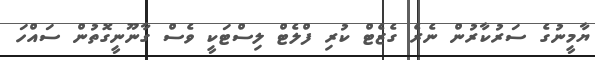
ޔާމީނުގެ ސަރުކާރުން ނެރެ ގެޒެޓް ކުރި ފްލެޓް ލިސްޓަކީ ވެސް ގާނޫނީގޮތުން ސައްހަ